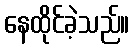
နေထိုင်ခဲ့သည်။